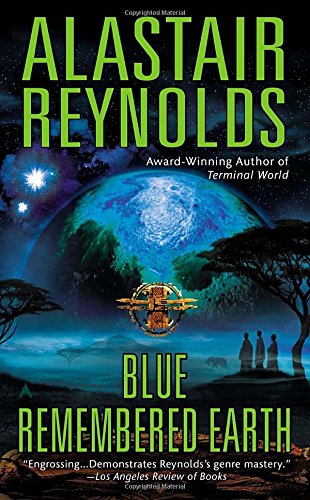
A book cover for Blue Remembered Earth (Poseidon's Children); Alastair Reynolds; Science Fiction & Fantasy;